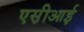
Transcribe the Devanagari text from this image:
एस़ीआई